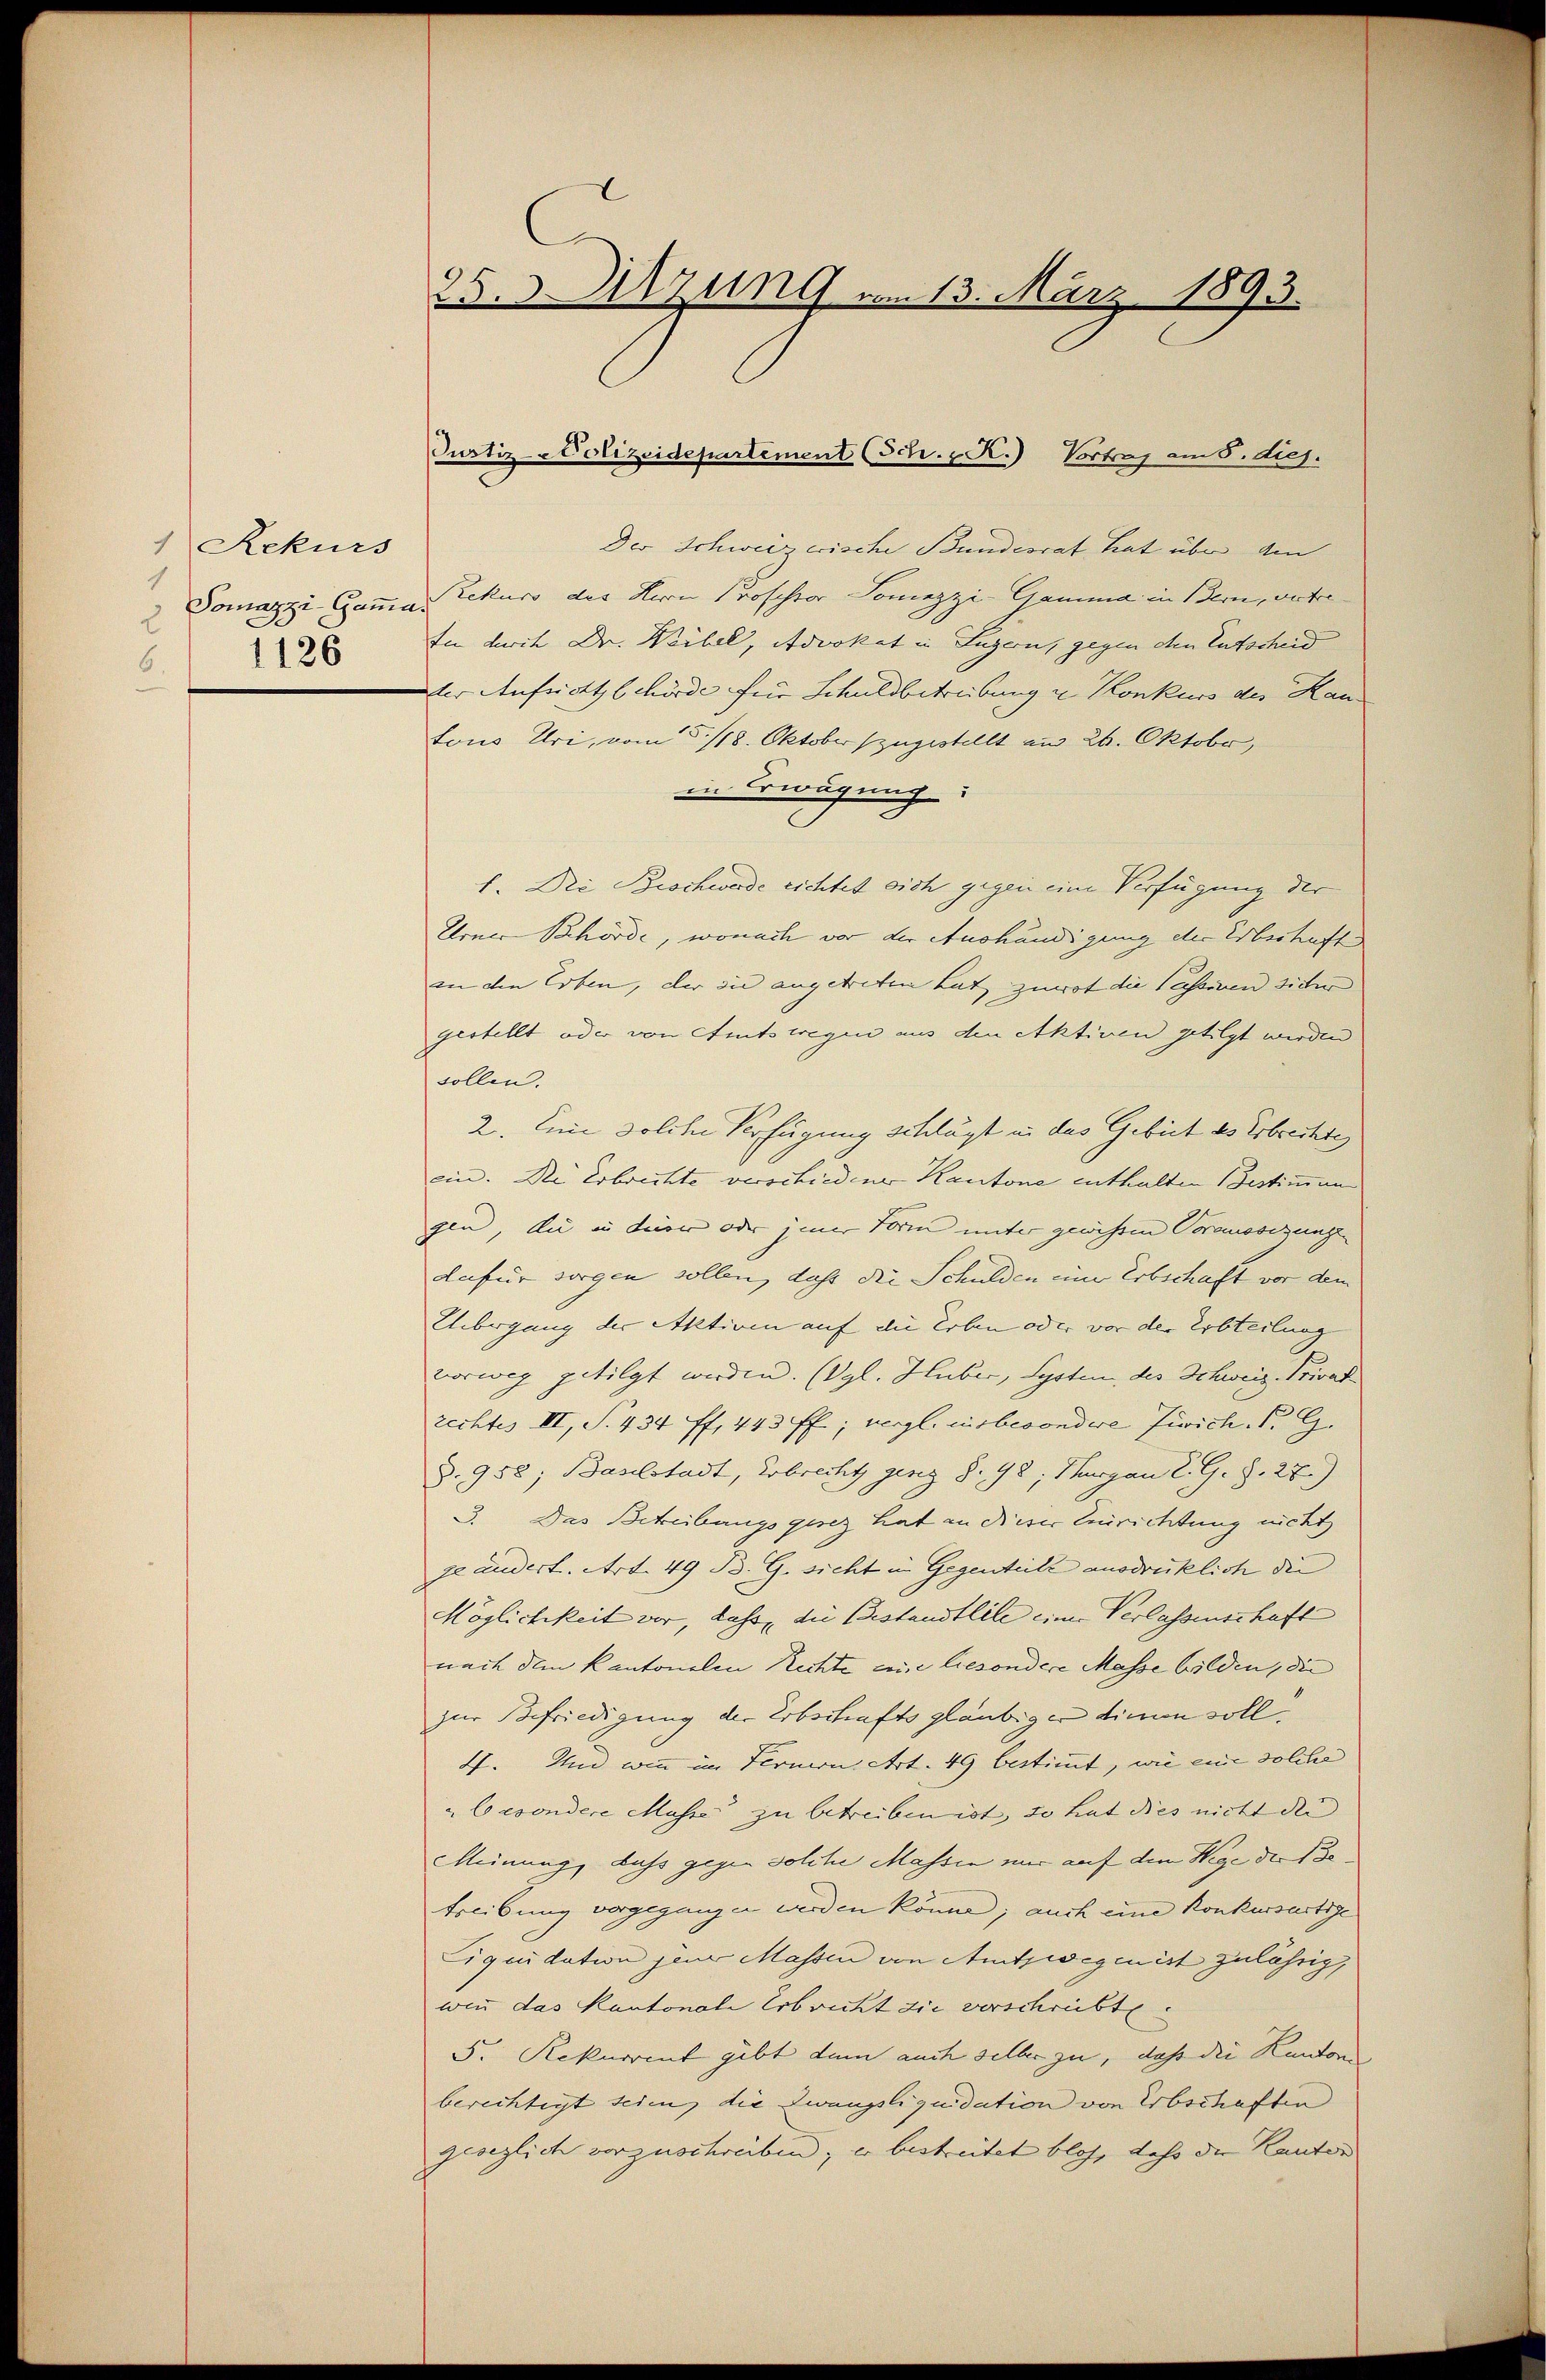
1 Rekurs
1
Somazzi-Gamma.
2
1126
6.

25. Sitzung vom 13. März 1893.

Der Schweizerische Bundesrat hat über den
Rekurs des Herrn Professor Sonnzzi-Gamma in Bern, vertre
tn durch Dr. Weibel, Advokat in Luzern, gegen den Entscheid
Der Aufricht behörde für Schuldbetreibung u. Konkurs des Kau
tous Uri, vom 5./18. Oktober zugestellt am 26. Oktobr,
in Erwägung:
1. Die Beschwerde richtet sich gegen eine Verfügung der
Urner Behörde, wonach vor der Aushändigung der Erbeschafte
in den Erben, der sie angetreten hat, zuwot die Tassiven sicher
gestellt oder von Amtswegen aus den Aktiven getilgt werden
sollen.
2. Eine solche Verfügung schlägt in das Gebiet des Erbrechtes
ein. Die Erbrechte verschiedener Kantone enthalten Bestimmung
gen, du in einer oder jener Form unter gewissen Voraussezunge
dafür sorgen sollen, daß die Schulden eine Erbschaft vor dem
Uebergang der Aktiven auf die Erben oder vor der Erbteilung
vorweg getilgt werden. (Vgl. Huber, Systen, des Schweiz. Privat
rechtes III, S. 434 ff., 443 ff.; vergl. insbesondere Jurich P. G.
§. 958; Baselstadt, Erbrecht ging §. 98; Thurgau l. G. S. 27.)
3. Das Betreibungsgesez hat an dieser Einrichtung nicht
geändert. Art. 49 B. G. sicht in Gegenteile ausdrücklich die
Möglichkeit vor, dass die Bestandteile einer Verlassenschaft
nach dem Kantonalen Rechte eine liesondere Masse bilden, die
zur Befriedigung der Erbschaftsgläubiger dienen soll.
V. Und wenn im Fernern Art. 49 bestimmt, wie eine solche
 besondere Masse zu betreiben ist, so hat dies nicht die
Meinung, dass gegen solche Massen wir auf den Wege der Betreibung vorgegangen werden könne; auch eine Konkursustige
Liquidation jene Massen von Amtswegen ist zulährig,
wenn das Kantonale Erbrecht die verschreibt
5. Rekurrent gibt dem auch selber zu, daß die Kantons
berechtigt seien, die Zwangsliquidation von Erbschaften
gesezlich vorzuschreiben; er bestreitet blos, daß der Kanton

Justiz-Polizeidepartement (Sch. R.) Vortrag am 8. Sieh.